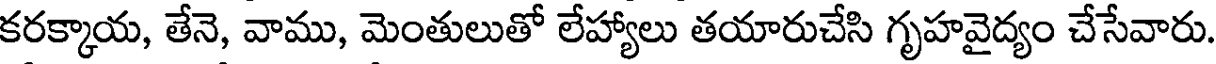
కరక్కాయ, తేనె, వాము, మెంతులుతో లేహ్యాలు తయారుచేసి గృహవైద్యం చేసేవారు.